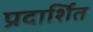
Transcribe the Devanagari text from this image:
प्रदार्शित